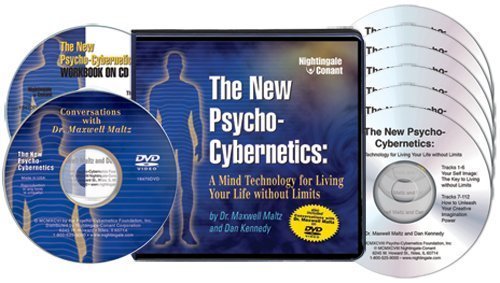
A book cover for The New Psycho-Cybernetics 6-CD Boxed Set: A Mind Technology for Living Your Life Without Limits!; Dr. Maxwell Maltz; Computers & Technology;